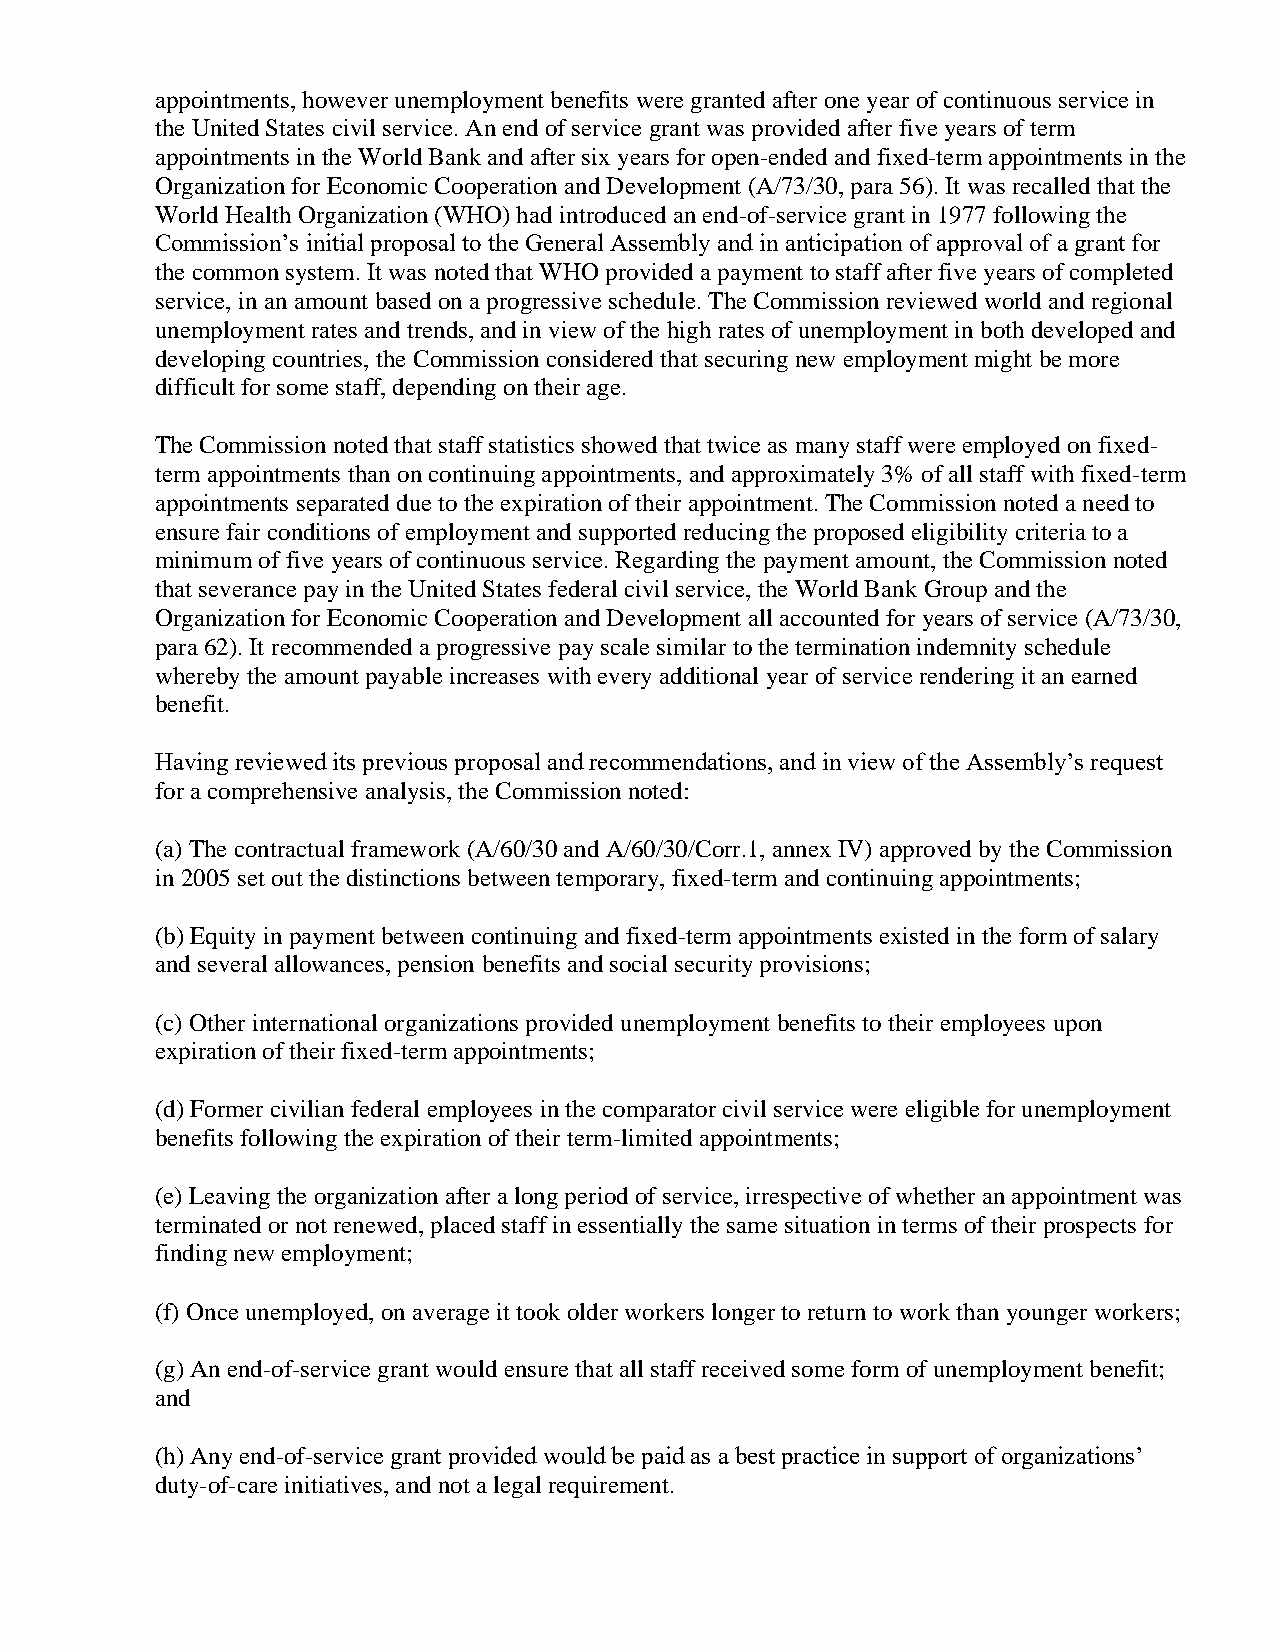
appointments, however unemployment benefits were granted after one year of continuous service in
 the United States civil service. An end of service grant was provided after five years of term
 appointments in the World Bank and after six years for open-ended and fixed-term appointments in the
 Organization for Economic Cooperation and Development (A/73/30, para 56). It was recalled that the
 World Health Organization (WHO) had introduced an end-of-service grant in 1977 following the
 Commission’s initial proposal to the General Assembly and in anticipation of approval of a grant for
 the common system. It was noted that WHO provided a payment to staff after five years of completed
 service, in an amount based on a progressive schedule. The Commission reviewed world and regional
 unemployment rates and trends, and in view of the high rates of unemployment in both developed and
 developing countries, the Commission considered that securing new employment might be more
 difficult for some staff, depending on their age.
 The Commission noted that staff statistics showed that twice as many staff were employed on fixed-
 term appointments than on continuing appointments, and approximately 3% of all staff with fixed-term
 appointments separated due to the expiration of their appointment. The Commission noted a need to
 ensure fair conditions of employment and supported reducing the proposed eligibility criteria to a
 minimum of five years of continuous service. Regarding the payment amount, the Commission noted
 that severance pay in the United States federal civil service, the World Bank Group and the
 Organization for Economic Cooperation and Development all accounted for years of service (A/73/30,
 para 62). It recommended a progressive pay scale similar to the termination indemnity schedule
 whereby the amount payable increases with every additional year of service rendering it an earned
 benefit.
 Having reviewed its previous proposal and recommendations, and in view of the Assembly’s request
 for a comprehensive analysis, the Commission noted:
 (a) The contractual framework (A/60/30 and A/60/30/Corr.1, annex IV) approved by the Commission
 in 2005 set out the distinctions between temporary, fixed-term and continuing appointments;
 (b) Equity in payment between continuing and fixed-term appointments existed in the form of salary
 and several allowances, pension benefits and social security provisions;
 (c) Other international organizations provided unemployment benefits to their employees upon
 expiration of their fixed-term appointments;
 (d) Former civilian federal employees in the comparator civil service were eligible for unemployment
 benefits following the expiration of their term-limited appointments;
 (e) Leaving the organization after a long period of service, irrespective of whether an appointment was
 terminated or not renewed, placed staff in essentially the same situation in terms of their prospects for
 finding new employment;
 (f) Once unemployed, on average it took older workers longer to return to work than younger workers;
 (g) An end-of-service grant would ensure that all staff received some form of unemployment benefit;
 and
 (h) Any end-of-service grant provided would be paid as a best practice in support of organizations’
 duty-of-care initiatives, and not a legal requirement.